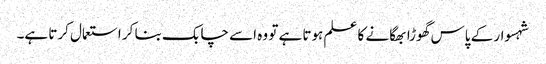
شہسوار کے پاس گھوڑا بھگانے کا علم ہوتا ہے تو وہ اسے چابک بنا کر استعمال کرتا ہے۔